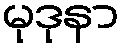
မုဒုနာ